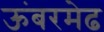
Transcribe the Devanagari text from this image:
ऊंबरमेढ